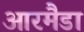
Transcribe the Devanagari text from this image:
आरमैडा